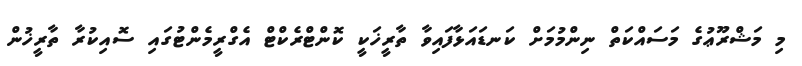
މި މަޝްރޫޢުގެ މަސައްކަތް ނިންމުމަށް ކަނޑައަޅާފައިވާ ތާރީޚަކީ ކޮންޓްރެކްޓް އެގްރީމެންޓުގައި ސޮއިކުރާ ތާރީޚުން